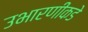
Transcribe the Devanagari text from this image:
उभारणीकडे